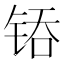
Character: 𰾇